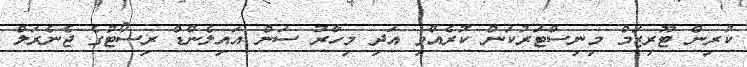
ކުރިން ޓޫރިޒަމް މިނިސްޓަރުކަން ކުރެއްވި އަދި މިހާރު ސަން އައިލެންޑް ރިސޯޓުގެ ޖެނެރަލް